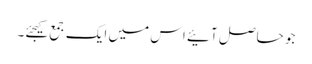
جو حاصل آئیے اس میں ایک جمع کیجئے۔